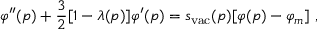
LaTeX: \varphi ^ { \prime \prime } ( p ) + { \frac { 3 } { 2 } } [ 1 - \lambda ( p ) ] \varphi ^ { \prime } ( p ) = s _ { \mathrm { v a c } } ( p ) [ \varphi ( p ) - \varphi _ { m } ] \ ,